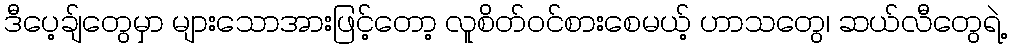
ဒီပေ့ချ်တွေမှာ များသောအားဖြင့်တော့ လူစိတ်ဝင်စားစေမယ့် ဟာသတွေ၊ ဆယ်လီတွေရဲ့